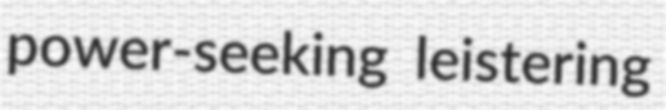
power-seeking leistering